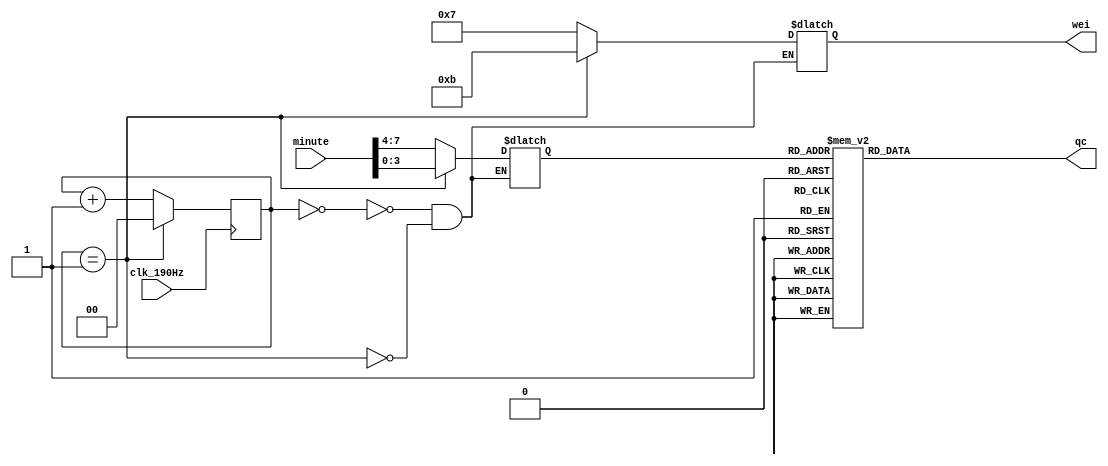
module wei(
		input clk_190Hz,
		input [7:0] minute,
		output reg[3:0] wei,
		output reg[7:0] qc
);
reg [1:0] cont;
reg [3:0] qout;
always@(posedge clk_190Hz)
begin
if (cont==2'b01)
	cont<=2'b00;
else cont<=cont+1;
end
always@(cont)begin
case(cont)
2'b00:
	begin wei=4'b0111;
		qout=minute[7:4]; end
2'b01: 
	begin wei=4'b1011;
		qout=minute[3:0]; end

endcase 
end
always@(qout)
case(qout)
	4'b0000:qc=8'b11000000;
	4'b0001:qc=8'b11111001;
	4'b0010:qc=8'b10100100;
	4'b0011:qc=8'b10110000;
	4'b0100:qc=8'b10011001;
	4'b0101:qc=8'b10010010;
	4'b0110:qc=8'b10000010;
	4'b0111:qc=8'b11111000;
	4'b1000:qc=8'b10000000;
	4'b1001:qc=8'b10010000;
	default:qc=8'b11000000;
endcase
endmodule